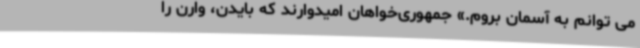
می توانم به آسمان بروم.» جمهوری‌خواهان امیدوارند که بایدن، وارن را